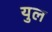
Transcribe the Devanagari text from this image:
युल